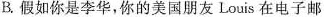
B.假如你是李华，你的美国朋友Louis在电子邮